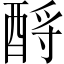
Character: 酹